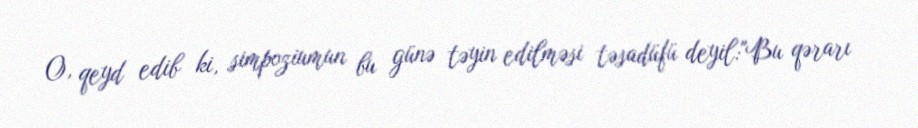
O, qeyd edib ki, simpoziumun bu günə təyin edilməsi təsadüfü deyil:"Bu qərarı